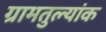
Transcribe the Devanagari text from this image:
ग्रामतुल्यांक